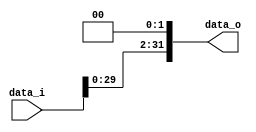
// 0613144  0613149 G

//Subject:     CO project 2 - Simple Single CPU
//--------------------------------------------------------------------------------
//Version:     1
//--------------------------------------------------------------------------------
//Writer:      0613144  0613149 G
//----------------------------------------------
//----------------------------------------------
//Description: 
//--------------------------------------------------------------------------------
module Shift_Left_Two_32(
    data_i,
    data_o
    );

//I/O ports                    
input [32-1:0] data_i;
output [32-1:0] data_o;

wire [32-1:0] data_o;

assign data_o[31:2] = data_i[29:0] ;
assign data_o[ 1:0] = 2'b0 ;

endmodule